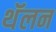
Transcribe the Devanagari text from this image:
थॅलन